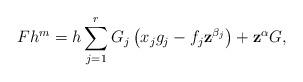
LaTeX: \begin{align*}Fh^{m}=h\sum\limits_{j=1}^{r}G_j\left(x_jg_j-f_j\textbf{z}^{\beta_j}\right)+\textbf{z}^{{\alpha}}G, \end{align*}